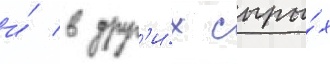
и́ в друг'и́х сыры́х